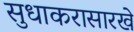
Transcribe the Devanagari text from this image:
सुधाकरासारखे